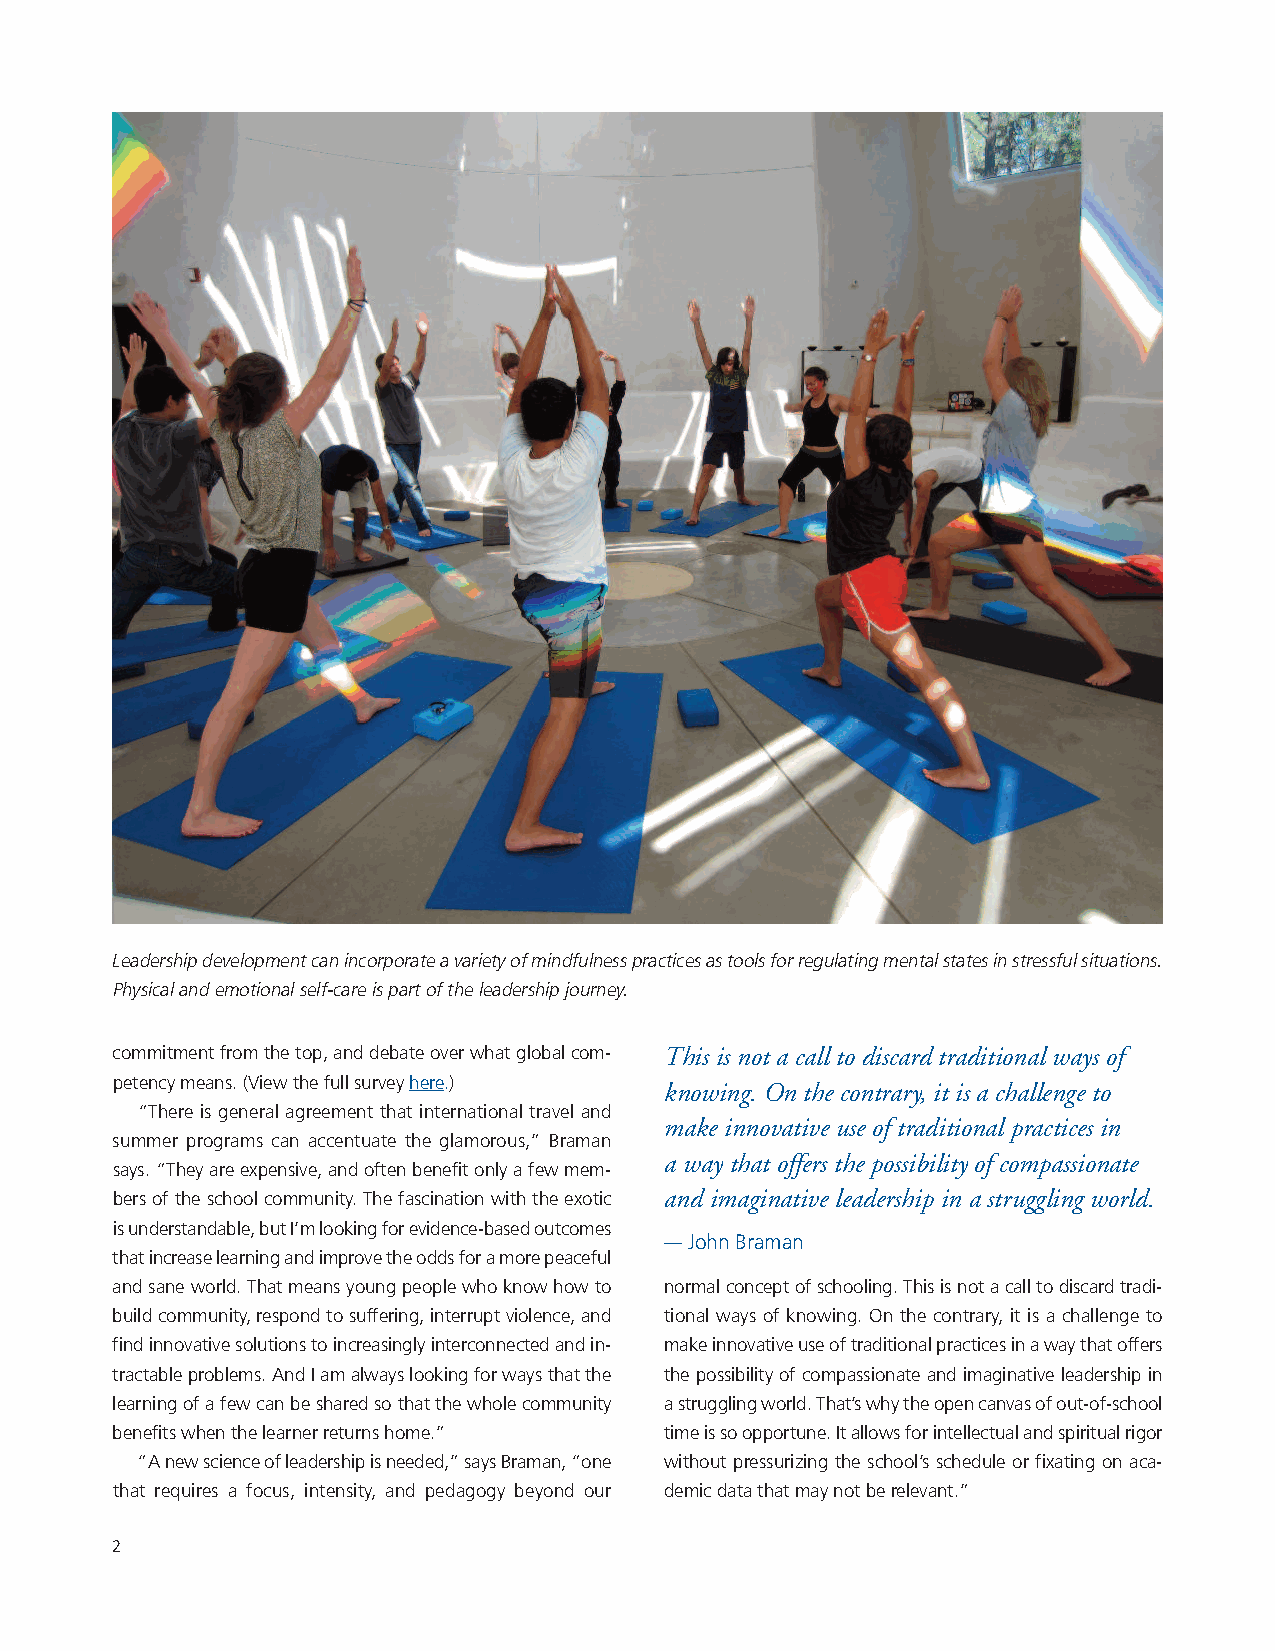
Leadership development can incorporate a variety of mindfulness practices as tools for regulating mental states in stressful situations.
 Physical and emotional self-care is part of the leadership journey.
 commitment from the top, and debate over what global com- This is not a call to discard traditional ways of
 petency means. (View the full survey here.)
 knowing. On the contrary, it is a challenge to
 “There is general agreement that international travel and
 make innovative use of traditional practices in
 summer programs can accentuate the glamorous,” Braman
 a way that offers the possibility of compassionate
 says. “They are expensive, and often benefit only a few mem-
 bers of the school community. The fascination with the exotic and imaginative leadership in a struggling world.
 is understandable, but I’m looking for evidence-based outcomes
 —John Braman
 that increase learning and improve the odds for a more peaceful
 and sane world. That means young people who know how to normal concept of schooling. This is not a call to discard tradi-
 build community, respond to suffering, interrupt violence, and tional ways of knowing. On the contrary, it is a challenge to
 find innovative solutions to increasingly interconnected and in- make innovative use of traditional practices in a way that offers
 tractable problems. And I am always looking for ways that the the possibility of compassionate and imaginative leadership in
 learning of a few can be shared so that the whole community a struggling world. That’s why the open canvas of out-of-school
 benefits when the learner returns home.” time is so opportune. It allows for intellectual and spiritual rigor
 “A new science of leadership is needed,” says Braman, “one without pressurizing the school’s schedule or fixating on aca-
 that requires a focus, intensity, and pedagogy beyond our demic data that may not be relevant.”
 2